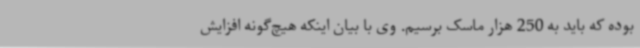
بوده که باید به 250 هزار ماسک برسیم. وی با بیان اینکه هیچ‌گونه افزایش